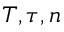
T , \tau , n